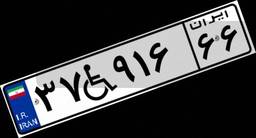
۳۷W۹۱۶۶۶